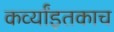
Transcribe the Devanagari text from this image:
कर्व्यांइतकाच